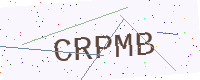
Text: CRPMB